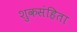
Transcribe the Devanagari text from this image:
शुकसंहिता